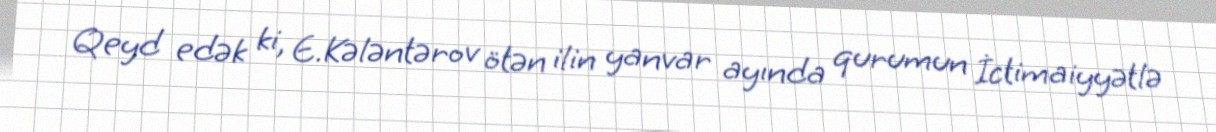
Qeyd edək ki, E.Kələntərov ötən ilin yanvar ayında qurumun İctimaiyyətlə